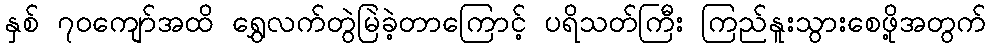
နှစ် ၇၀ကျော်အထိ ရွှေလက်တွဲမြဲခဲ့တာကြောင့် ပရိသတ်ကြီး ကြည်နူးသွားစေဖို့အတွက်